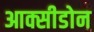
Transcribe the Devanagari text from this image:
आक्सीडोन